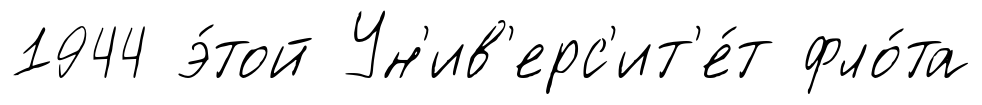
1944 э́той Ун'ив'ерс'ит'е́т фло́та